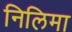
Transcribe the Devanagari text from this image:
निलिमा